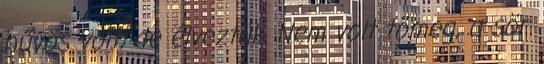
hűvös volt, de élveztük. Nem volt tömeg, a sör